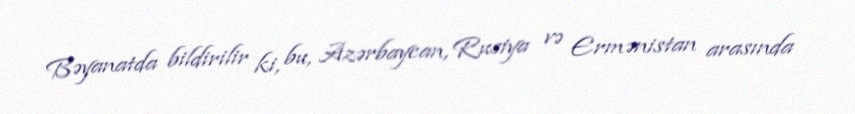
Bəyanatda bildirilir ki, bu, Azərbaycan, Rusiya və Ermənistan arasında